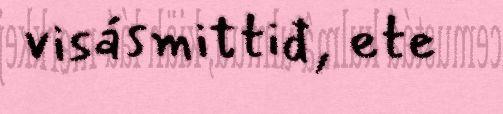
visásmittiđ, ete